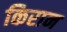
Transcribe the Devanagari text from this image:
किरान